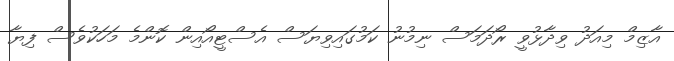
އާޒިމް މިއަދު ވިދާޅުވީ ރޯދަމަސް ނިމުނު ކަމުގައިވިޔަސް އެސްޓީއޯއިން ކޮންމެ މަހަކުވެސް ފިޔާ